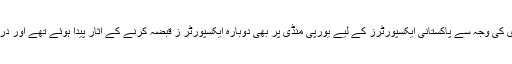
یاد رہے کہ گزشتہ سال یورپی یونین کی جانب سے بھارتی چاول کی امپورٹ پر پابندی کی وجہ سے پاکستانی ایکسپورٹرز کے لیے یورپی منڈی پر بھی دوبارہ ایکسپورٹر ز قبضہ کرنے کے آثار پیدا ہوئے تھے اور درست منصوبہ بندی ہی ایکسپورٹ کے اہداف حاصل کرنے میں مدد فراہم کرسکتی ہے ۔